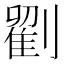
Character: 𭄒